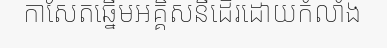
កាសែតឆ្នើមអគ្គិសនីដើរដោយកំលាំង